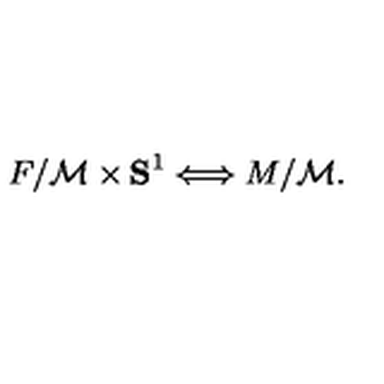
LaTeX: F / { \cal M } \times { \bf S } ^ { 1 } \Longleftrightarrow M / { \cal M } .